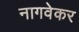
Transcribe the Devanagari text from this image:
नागवेकर